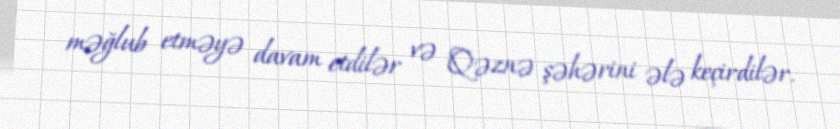
məğlub etməyə davam etdilər və Qəznə şəhərini ələ keçirdilər.